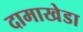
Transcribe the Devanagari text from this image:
दामाखेडा